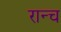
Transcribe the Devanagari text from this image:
रान्च